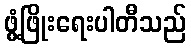
ဖွံ့ဖြိုးရေးပါတီသည်